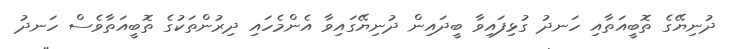
ދުނިޔޭގެ ތޮބީއަތާއި ހަނދު ގުޅިފައިވާ ބީދައިން ދުނިޔޭގައިވާ އެންމެހައި ދިރުންތަކުގެ ތޮބީއަތާވެސް ހަނދު